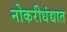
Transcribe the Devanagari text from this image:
नोकरीधंद्यात